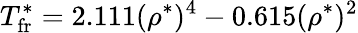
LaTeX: T_{\mathrm{fr}}^{*}=2.111(\rho^{*})^{4}-0.615(\rho^{*})^{2}